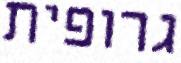
גרופית